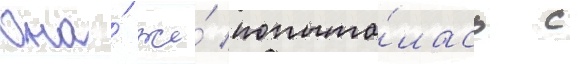
Она́ же́ попыта́лась с